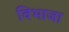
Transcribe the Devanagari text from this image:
विभाजा